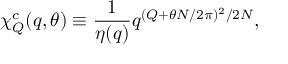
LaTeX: \chi _ { Q } ^ { c } ( q , \theta ) \equiv { \frac { 1 } { \eta ( q ) } } q ^ { ( Q + \theta N / 2 \pi ) ^ { 2 } / 2 N } ,